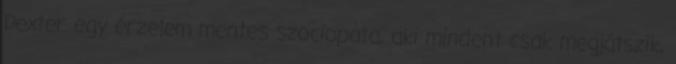
Dexter egy érzelem mentes szociopata, aki mindent csak megjátszik,